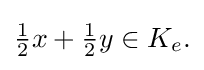
{\textstyle {\frac {1}{2}}x+{\frac {1}{2}}y\in K_{e}.}